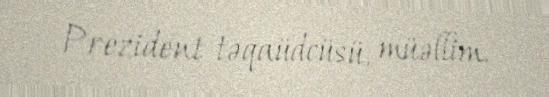
Prezident təqaüdcüsü, müəllim.